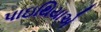
પાઇથિયાએ